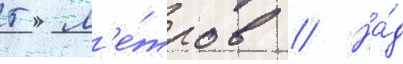
5 м'е́тров // На́д